65_HS1-834228961_62-HQ-83894_Section_3
Agency: FBI
Page 182
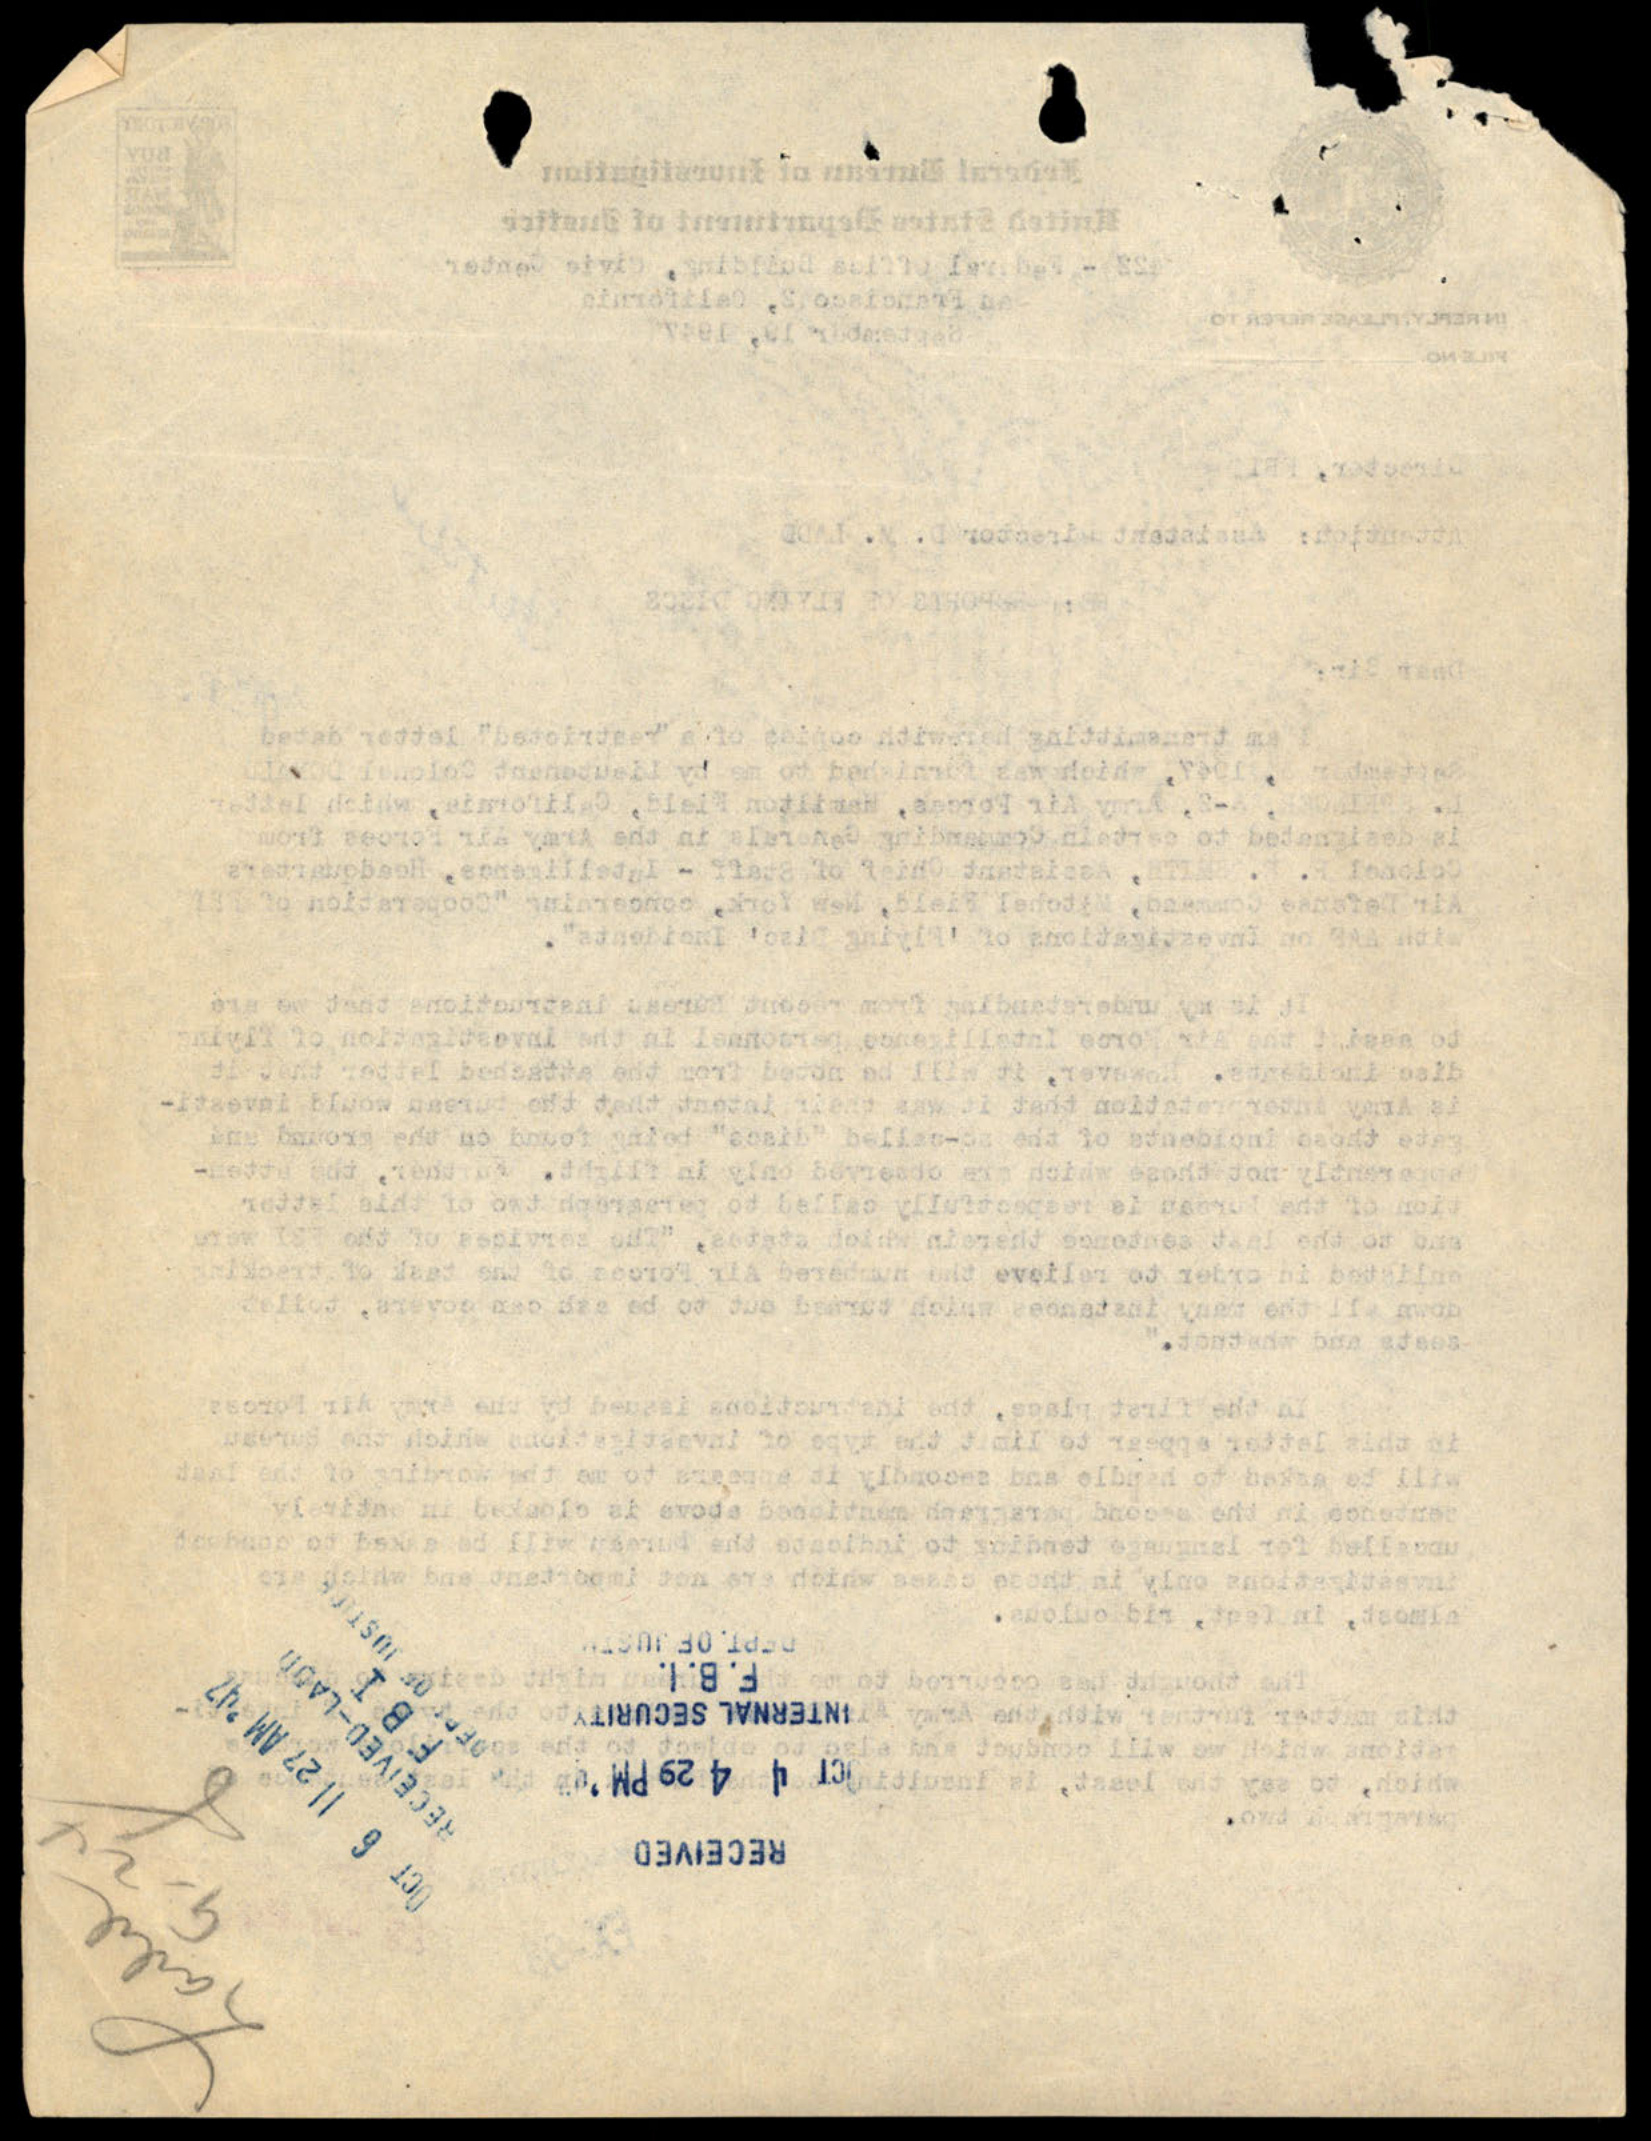